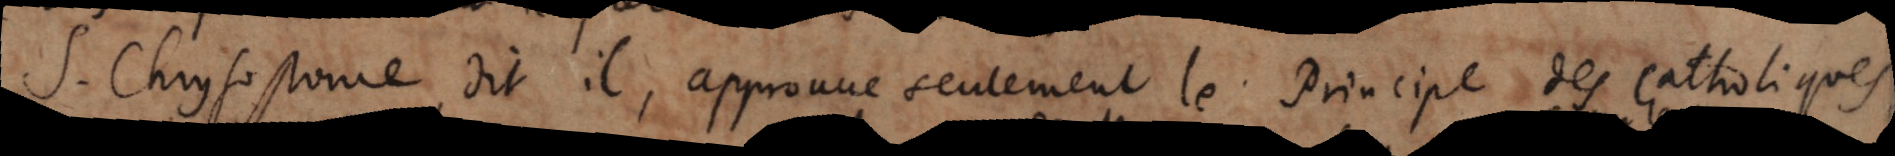
S. Chrysostome dit il, approuve seulement le Principe des Catholiques